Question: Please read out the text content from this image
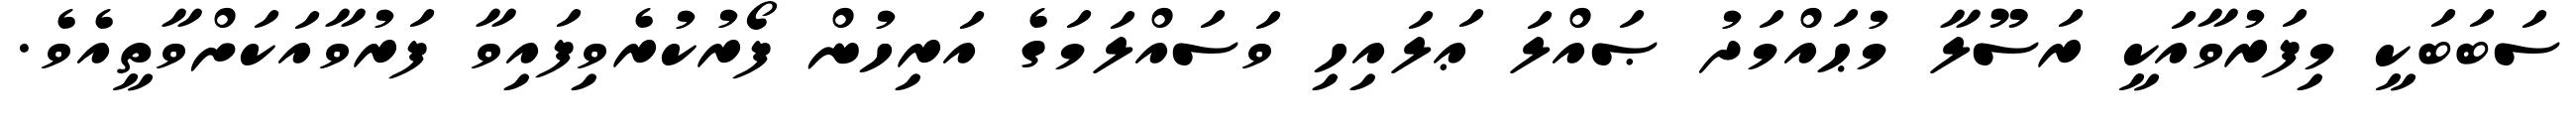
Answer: ސަބަބަކީ މިފަރުވާއަކީ ރަސޫލާ މުޙައްމަދު ޞައްލަ ޢަލައިހި ވަސައްލަމަގެ އަރިހުން ފޯރުކުރެވިފައިވާ ފަރުވާއަކަށްވާތީއެވެ.